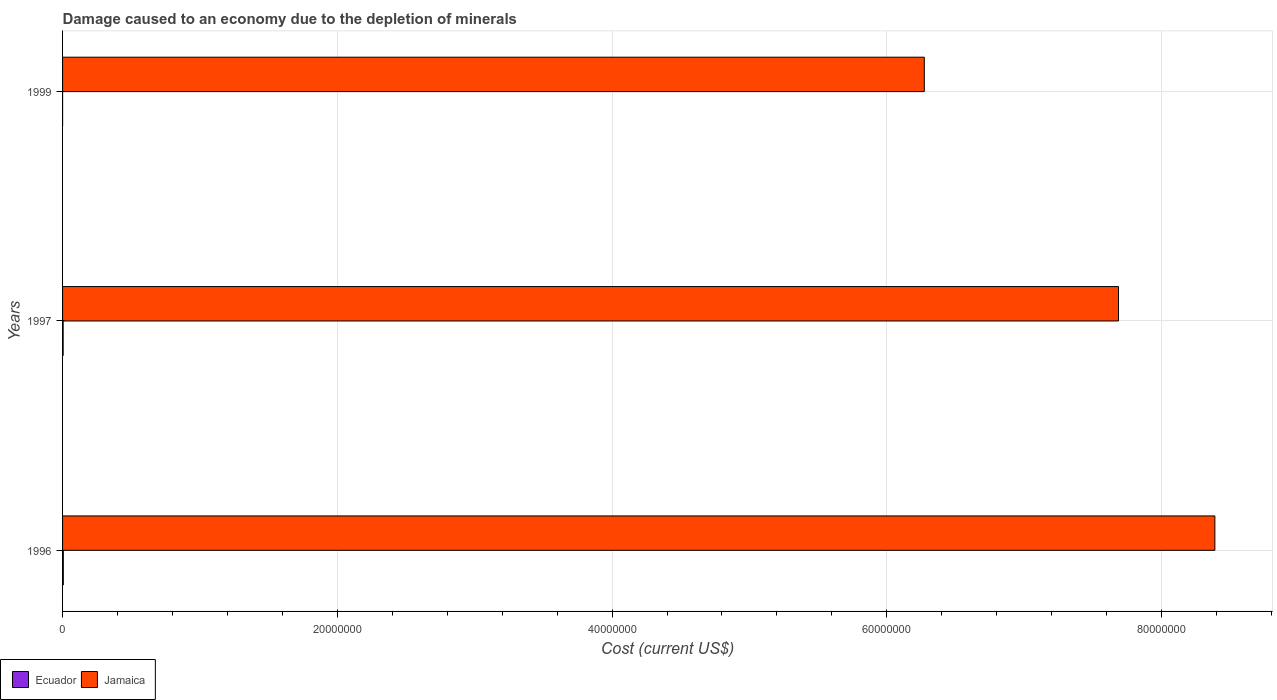
| Years | Ecuador | Jamaica |
 | --- | --- | --- |
 | 1996 | 5.43e+04 | 8.39e+07 |
 | 1997 | 4.3e+04 | 7.69e+07 |
 | 1999 | 1.83e+03 | 6.27e+07 |